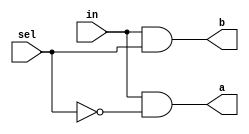
module DMux (
  input in,
  input sel,
  output a,
  output b
);

  wire nsel;

  not(nsel, sel);

  and(a, in, nsel);
  and(b, in, sel);

endmodule